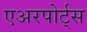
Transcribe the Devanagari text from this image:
एअरपोर्ट्‌स